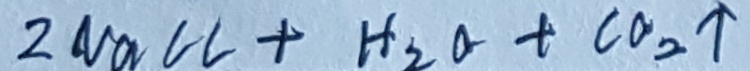
2 N a C l + H _ { 2 } O + C O _ { 2 } \uparrow